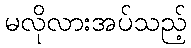
မလိုလားအပ်သည့်